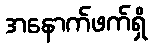
အနောက်ဖက်ရှိ